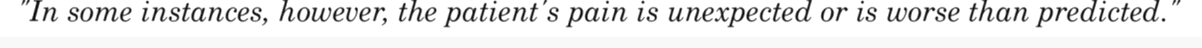
"In some instances, however, the patient's pain is unexpected or is worse than predicted."